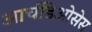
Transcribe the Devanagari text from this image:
आर्चडिओसेस